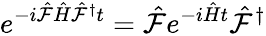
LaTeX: e^{-i\hat{\mathcal{F}}\hat{H}\hat{\mathcal{F}}^{\dagger}t}=\hat{\mathcal{F}}e^{-i\hat{H}t}\hat{\mathcal{F}}^{\dagger}